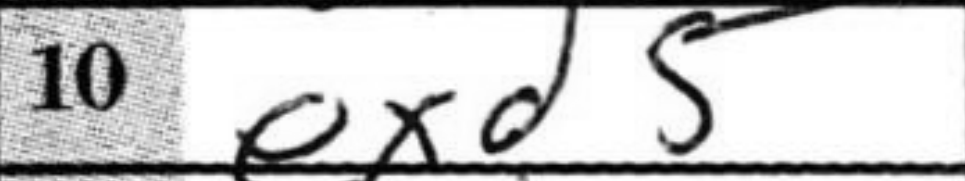
Transcription: exd5